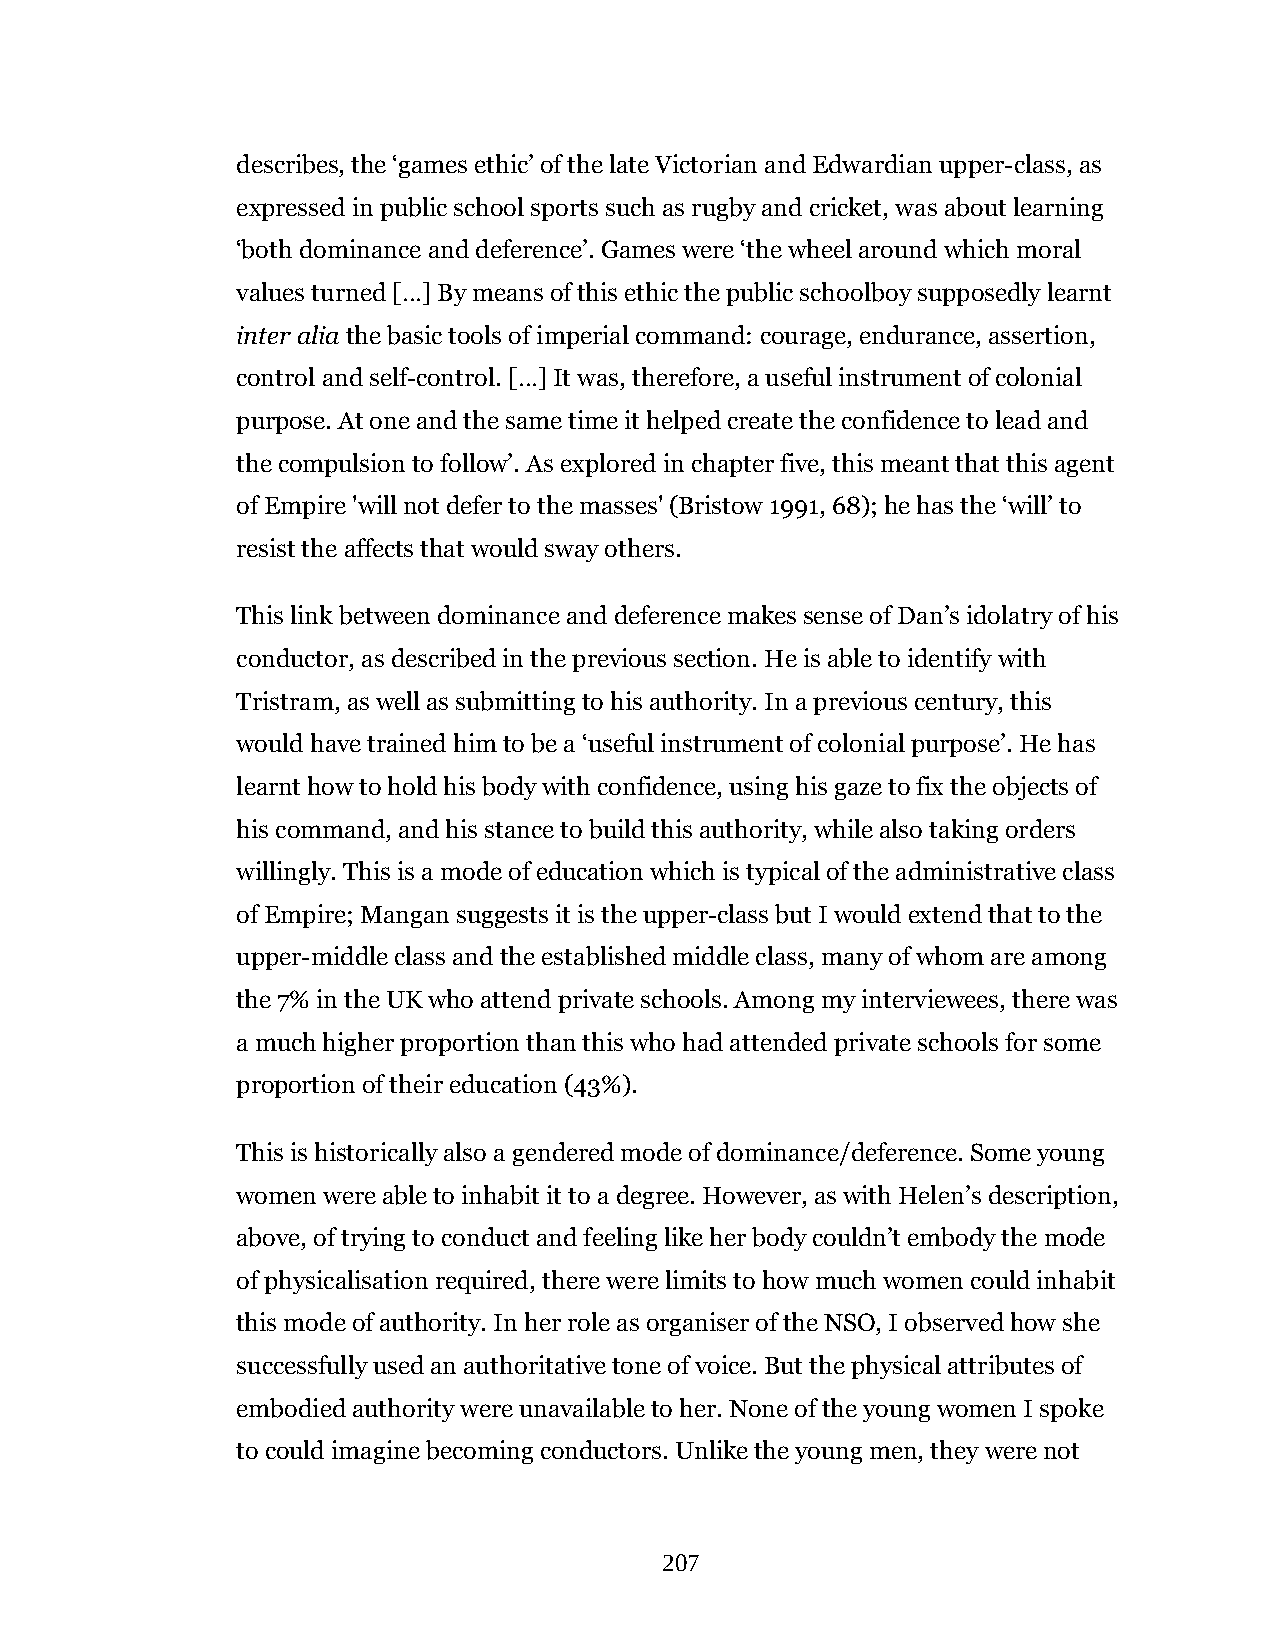
describes, the ‘games ethic’ of the late Victorian and Edwardian upper-class, as
 expressed in public school sports such as rugby and cricket, was about learning
 ‘both dominance and deference’. Games were ‘the wheel around which moral
 values turned […] By means of this ethic the public schoolboy supposedly learnt
 inter alia the basic tools of imperial command: courage, endurance, assertion,
 control and self-control. […] It was, therefore, a useful instrument of colonial
 purpose. At one and the same time it helped create the confidence to lead and
 the compulsion to follow’. As explored in chapter five, this meant that this agent
 of Empire 'will not defer to the masses' (Bristow 1991, 68); he has the ‘will’ to
 resist the affects that would sway others.
 This link between dominance and deference makes sense of Dan’s idolatry of his
 conductor, as described in the previous section. He is able to identify with
 Tristram, as well as submitting to his authority. In a previous century, this
 would have trained him to be a ‘useful instrument of colonial purpose’. He has
 learnt how to hold his body with confidence, using his gaze to fix the objects of
 his command, and his stance to build this authority, while also taking orders
 willingly. This is a mode of education which is typical of the administrative class
 of Empire; Mangan suggests it is the upper-class but I would extend that to the
 upper-middle class and the established middle class, many of whom are among
 the 7% in the UK who attend private schools. Among my interviewees, there was
 a much higher proportion than this who had attended private schools for some
 proportion of their education (43%).
 This is historically also a gendered mode of dominance/deference. Some young
 women were able to inhabit it to a degree. However, as with Helen’s description,
 above, of trying to conduct and feeling like her body couldn’t embody the mode
 of physicalisation required, there were limits to how much women could inhabit
 this mode of authority. In her role as organiser of the NSO, I observed how she
 successfully used an authoritative tone of voice. But the physical attributes of
 embodied authority were unavailable to her. None of the young women I spoke
 to could imagine becoming conductors. Unlike the young men, they were not
 207